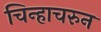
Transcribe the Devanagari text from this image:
चिन्हाचरुन